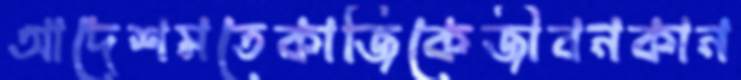
আদেশমতেকাজিকেজীবনকান